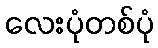
လေးပုံတစ်ပုံ